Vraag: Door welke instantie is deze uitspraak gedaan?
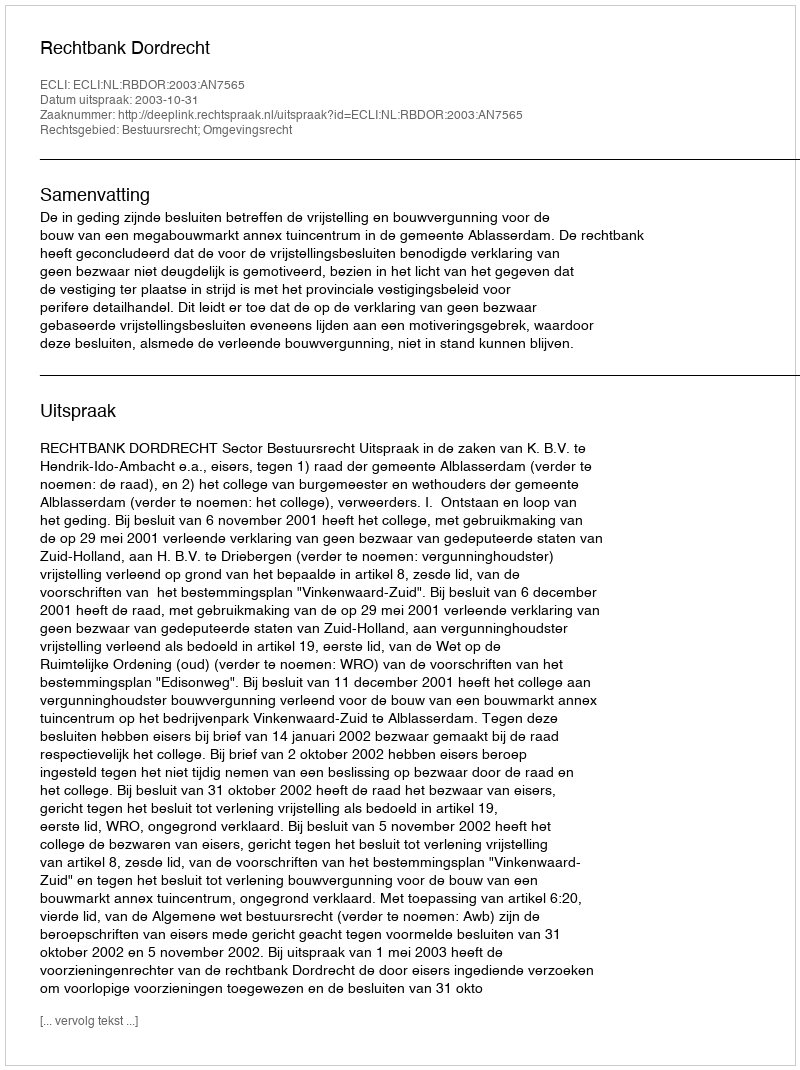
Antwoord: Rechtbank Dordrecht